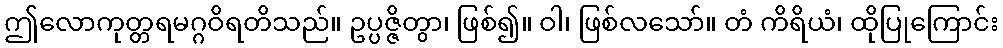
ဤလောကုတ္တရမဂ္ဂဝိရတိသည်။ ဥပ္ပဇ္ဇိတွာ၊ ဖြစ်၍။ ဝါ၊ ဖြစ်လသော်။ တံ ကိရိယံ၊ ထိုပြုကြောင်း